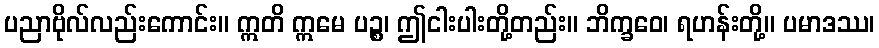
ပညာဗိုလ်လည်းကောင်း။ ဣတိ ဣမေ ပဉ္စ၊ ဤငါးပါးတို့တည်း။ ဘိက္ခဝေ၊ ရဟန်းတို့။ ပမာဒဿ၊